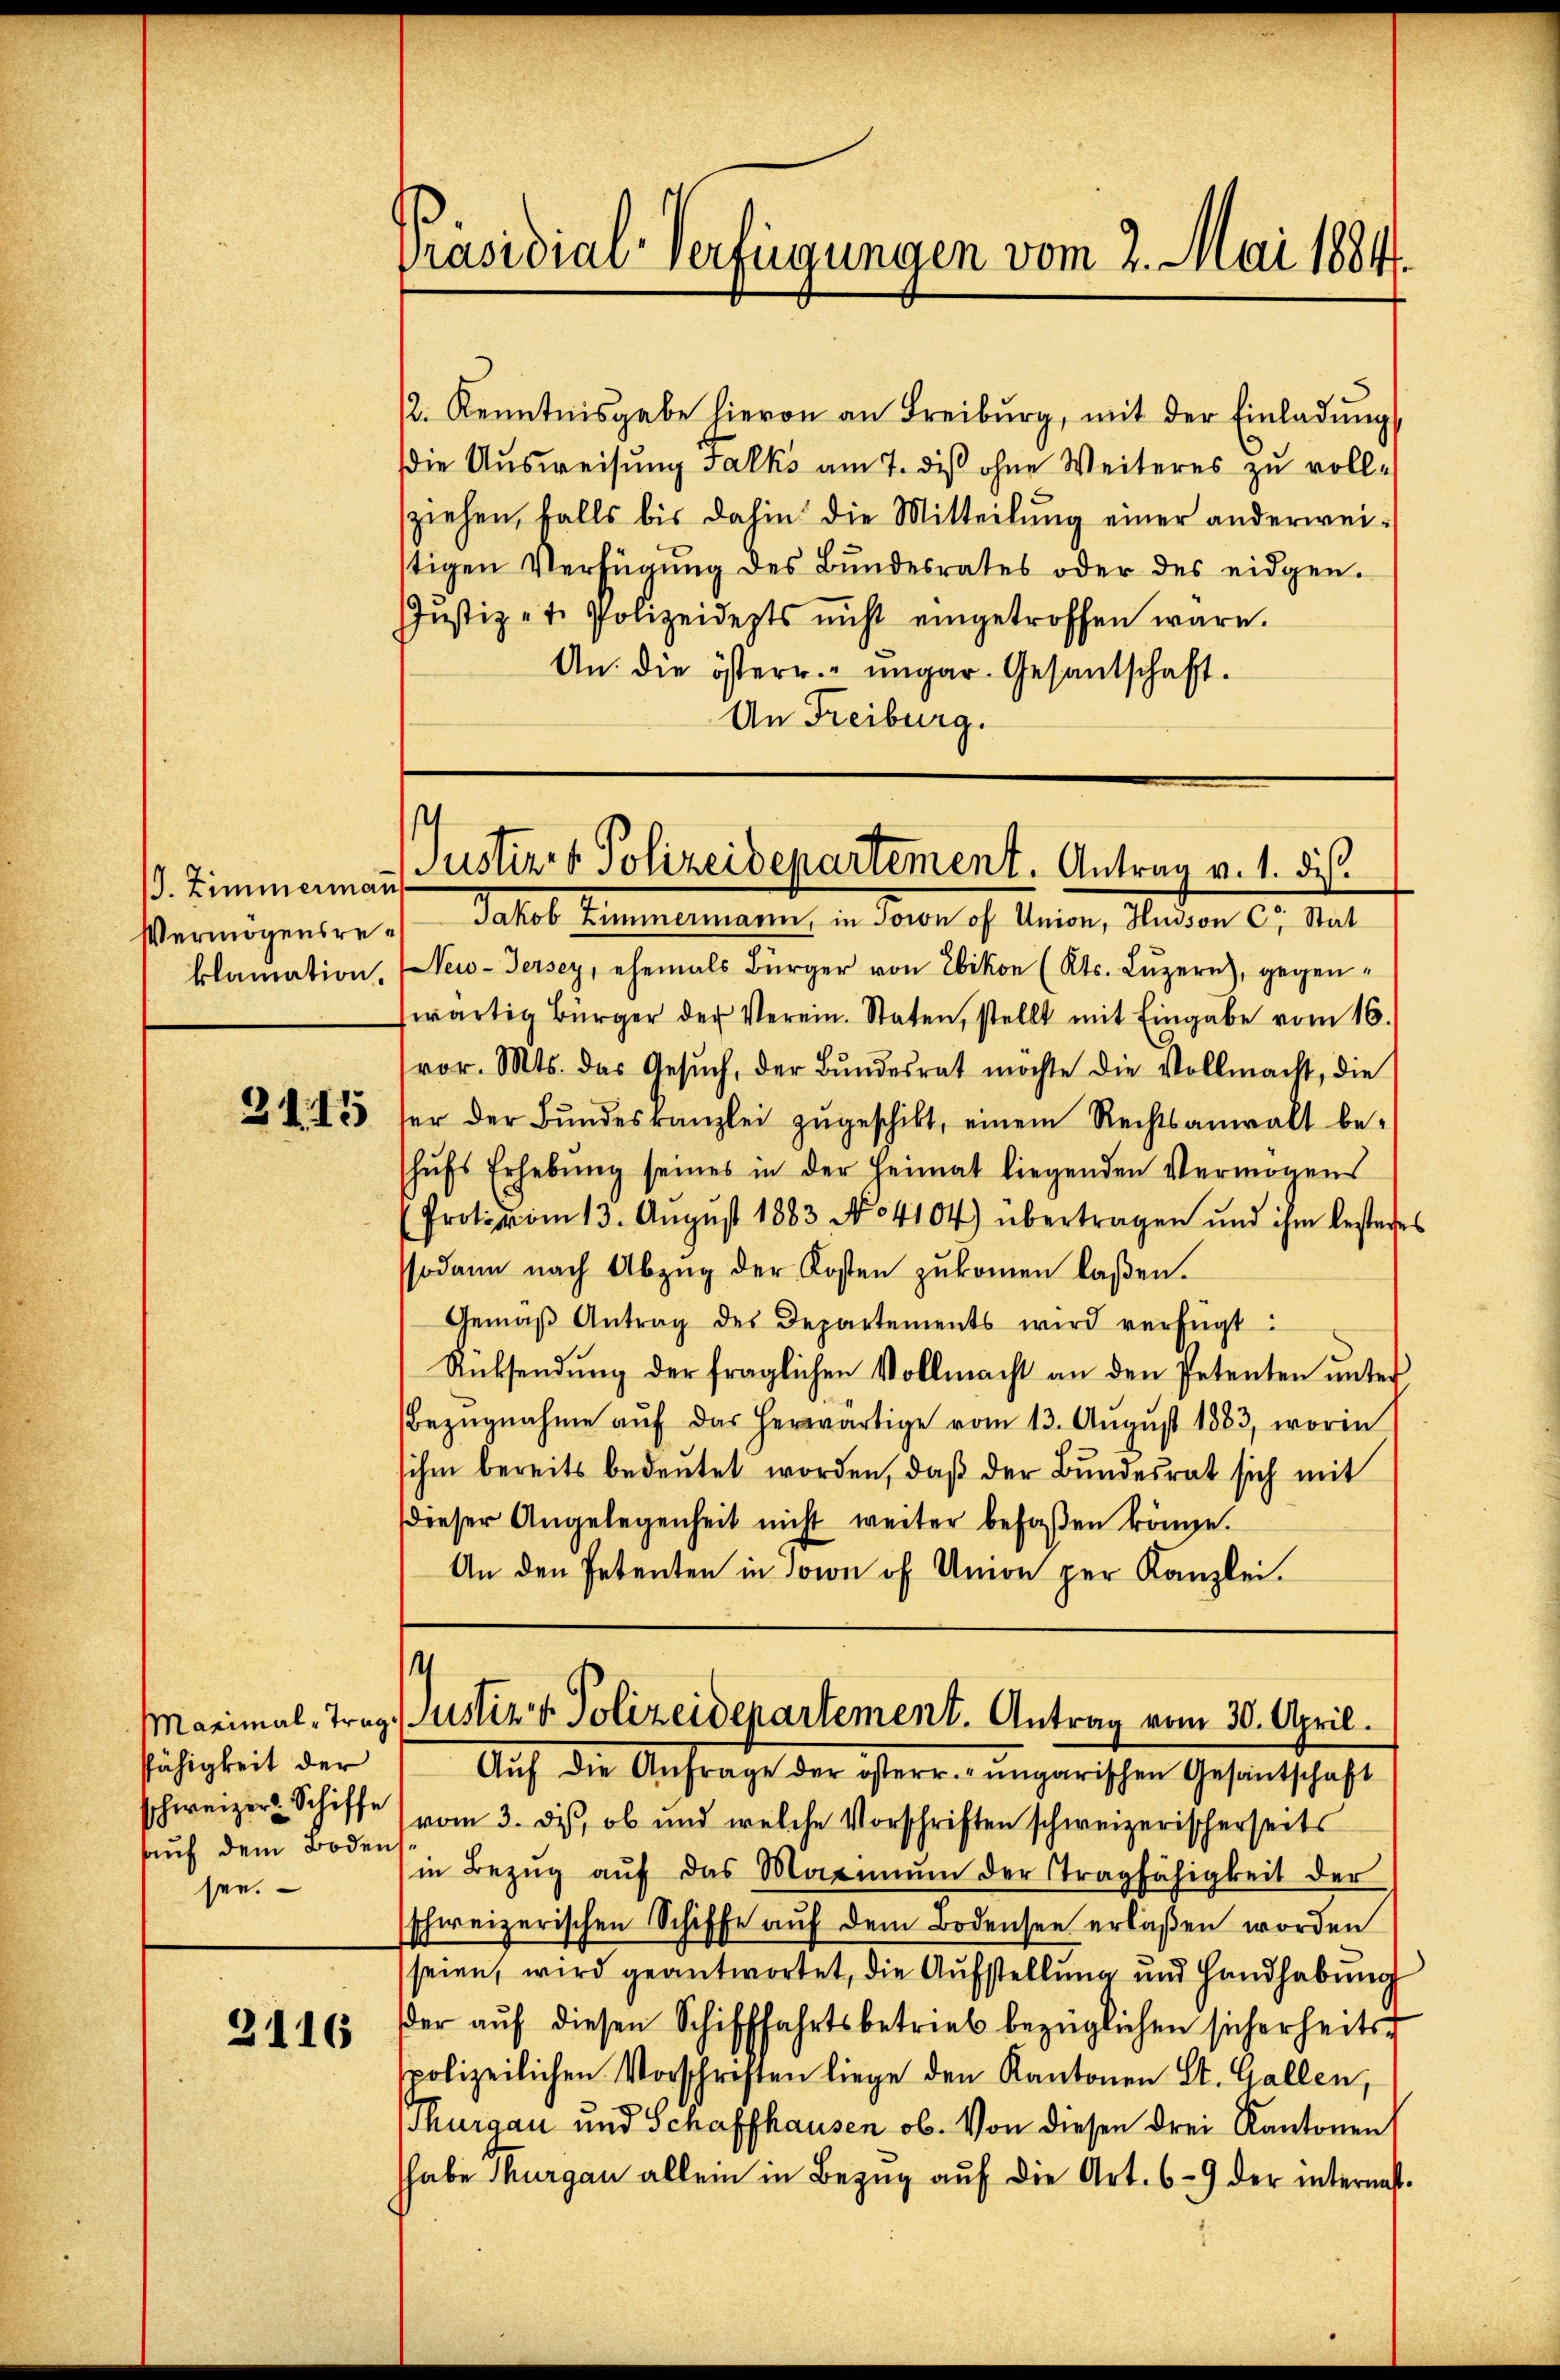
klamation.

2145

fähigkeit der
auf dem Boden
see.

3116

Präsidiar-Verfügungen vom 2. Mai 1884.

12. Kenntnisgabe hievon an Freiburg, mit der Einladŭng
die Ausweisung Falks am 7. diß ohne Weiteres zu vollsziehen, falls bis dahin die Mitteilung einer anderweitigen Verfügung des Bundesrates oder des eidgen.
Justiz-t. Polizeidepts nicht eingetroffen wäre.
An die österr. ungar. Gesandschaft.
An Freiburg.

s
/. Zimmermann ustiz- & Polizeidepartement. Antrag v. 1. ds.

Vermögensre Jakob Zimmermann, in Jown of Union, Husson C. Stat
New-Jersey, ehemals Bürger von Ebikon (Kts. Luzern), gegenwärtig Bürger der Verein. Staten, stellt mit Eingabe vom 16.
vor. Mts. das Gesŭch, der Bŭndesrat möchte die Vollmacht, die
er der Bŭndeskanzlei zŭgeschikt, einem Rechtsanwalt be-
schŭfs Erhebŭng seines in der Heimat liegenden Vermögens
Protovom 13. Aŭgŭst 1883 No 4104) übertragen und ihm besteres
sodann nach Abzŭg der Kosten zŭkommen laßen.
Gemäβ Antrag des Departements wird verfügt:
Rüksendung der fraglichen Vollmacht an den Petenten unter
Bezŭgnahme aŭf das herwärtige vom 13. Aŭgŭst 1883, worin
ihm bereits bedeutet worden, daß der Bundesrat sich mit
dieser Angelegenheit nicht weiter befaßen könne.
An den Petenten in Ton of Union per Kanzlei.

4
Maximal, Trag, Justiz & Polizeidepartement. Antrag vom 30. April.
Aŭf die Anfrage der österr.-ungarischen Gesantschaft

schweizer. Schiffe vom 3. des, ob und welche Vorschriften schweizerischerseits
in Bezŭg aŭf das Maximŭm der tragfähigkeit der
schweizerischen Schiffe aŭf dem Bodensee erlaßen worden
seien, wird geantwortet, die Aufstellung und Handhabung
der aŭf diesen Schifffahrtsbetrieb bezüglichen sicherheits
polizeilichen Vorschriften liege den Kantonen St. Gallen,
Thurgau und Schaffhausen ob. Von diesen drei Kantonen
habe Thurgau allein in Bezŭg aŭf die Art. 69 der internat.